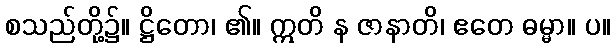
စသည်တို့၌။ ဋ္ဌိတော၊ ၏။ ဣတိ န ဇာနာတိ၊ ဧတေ ဓမ္မာ။ ပ။